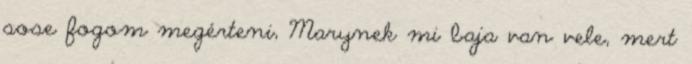
sose fogom megérteni, Marynek mi baja van vele, mert